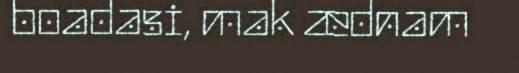
boadasi, mak ædnam